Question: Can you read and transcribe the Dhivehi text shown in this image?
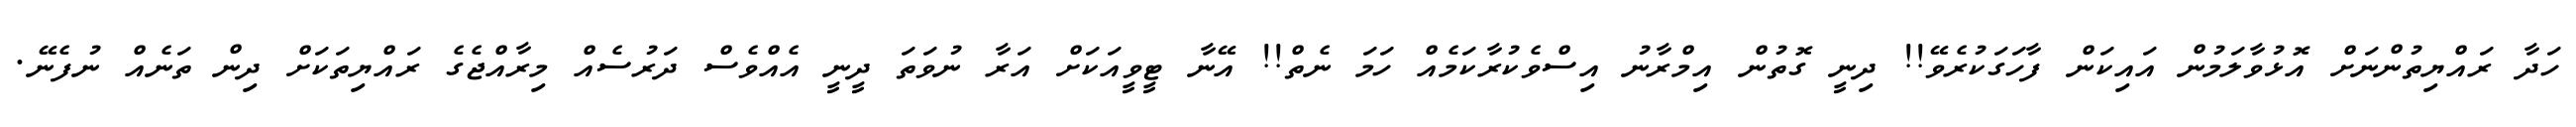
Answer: ހަދާ ރައްޔިތުންނަށް އޮޅުވާލަމުން އައިކަން ފާހަގަކުރެވޭ!! ދިނީ ގޮތުން އިމްރާނު އިސްވެކުރާކަމެއް ހަމަ ނެތް!! އޭނާ ޓީވީއަކަށް އަރާ ނުވަތަ ދީނީ އެއްވެސް ދަރުސެއް މިރާއްޖެގެ ރައްޔިތަކަށް ދިން ތަނެއް ނުފެނޭ.